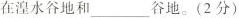
在湟水谷地和___谷地。(2分)